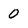
Character: 0